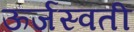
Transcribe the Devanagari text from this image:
ऊर्जस्वती